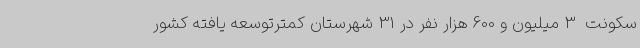
سکونت  3 میلیون و 600 هزار نفر در 31 شهرستان کمترتوسعه یافته کشور